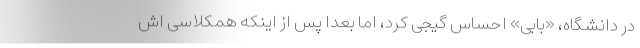
در دانشگاه، «بابی» احساس گیجی کرد، اما بعداً پس از اینکه همکلاسی اش